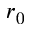
r _ { 0 }